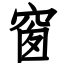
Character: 窗